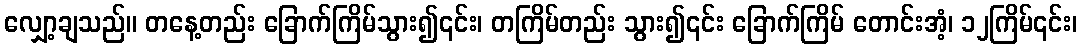
လျှော့ချသည်။ တနေ့တည်း ခြောက်ကြိမ်သွား၍၎င်း၊ တကြိမ်တည်း သွား၍၎င်း ခြောက်ကြိမ် တောင်းအံ့၊ ၁၂ကြိမ်၎င်း၊